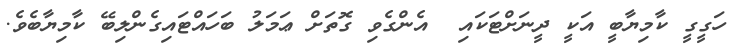
ހަގީގީ ކާމިޔާބީ އަކީ ދީނަށްޓަކައި  އެންގެވި ގޮތަށް ޢަމަލު ބަހައްޓައިގެންލިބޭ ކާމިޔާބެވެ.